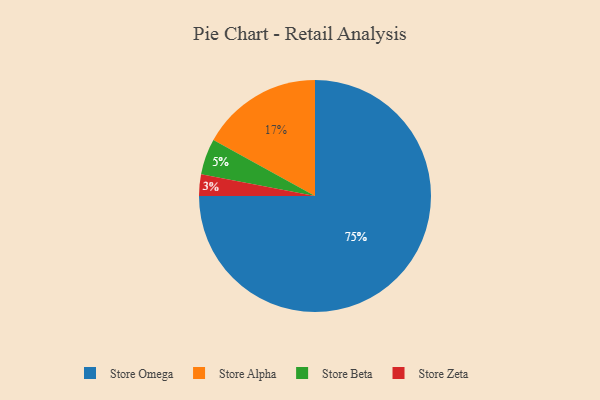
{"axis": {"x": "Category", "y": "Percentage"}, "legend": ["Store Alpha", "Store Beta", "Store Omega", "Store Zeta"], "data": [{"x": "Store Omega", "y": 75, "type": "Store Omega"}, {"x": "Store Beta", "y": 5, "type": "Store Beta"}, {"x": "Store Alpha", "y": 17, "type": "Store Alpha"}, {"x": "Store Zeta", "y": 3, "type": "Store Zeta"}]}